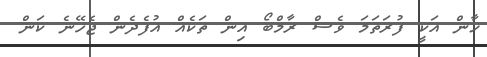
ޚާން އަކީ ފުރަތަމަ ވެސް ރާމްބޯ އިން ތަކެއް އުފެދެން ޖެހޭނެ ކަން